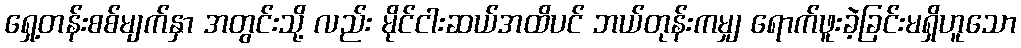
ရှေ့တန်းစစ်မျက်နှာ အတွင်းသို့ လည်း မိုင်ငါးဆယ်အထိပင် ဘယ်တုန်းကမျှ ရောက်ဖူးခဲ့ခြင်းမရှိဟူသော